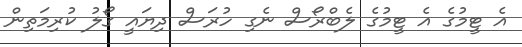
އެ ޓީމުގެ އެ ޓީމުގެ ލެބްރޯސް ނެގި ހުރަސް ދިޔައީ ގޯލު ކުރިމަތިން